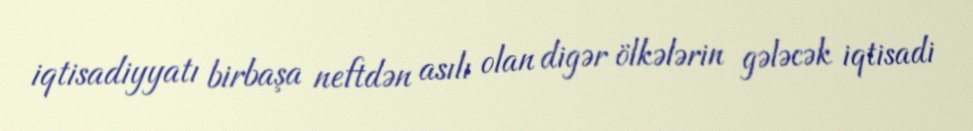
iqtisadiyyatı birbaşa neftdən asılı olan digər ölkələrin gələcək iqtisadi